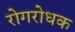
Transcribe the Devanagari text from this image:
रोगरोधक